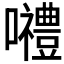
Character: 𡅏